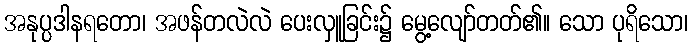
အနုပ္ပဒါနရတော၊ အဖန်တလဲလဲ ပေးလှူခြင်း၌ မွေ့လျော်တတ်၏။ သော ပုရိသော၊